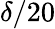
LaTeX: \delta/20